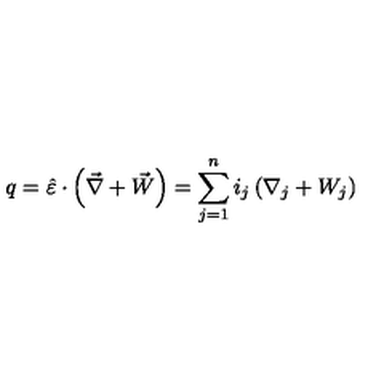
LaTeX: q = \hat { \varepsilon } \cdot \left( \vec { \nabla } + \vec { W } \right) = \sum _ { j = 1 } ^ { n } i _ { j } \left( \nabla _ { j } + W _ { j } \right)